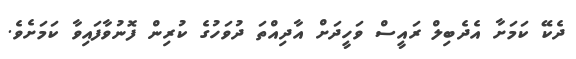
ދެކޭ ކަމަށާ އެދެބިލް ރައީސް ވަހީދަށް އާދިއްތަ ދުވަހުގެ ކުރިން ފޮނުވާފައިވާ ކަމަށެވެ.